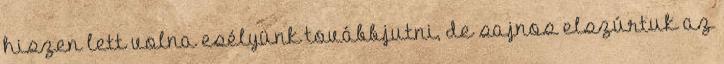
hiszen lett volna esélyünk továbbjutni, de sajnos elszúrtuk az